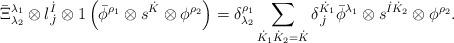
LaTeX: \begin{align*}\bar{\Xi}^{\lambda_1}_{\lambda_2} \otimes l^{\dot{I}}_{\dot{J}} \otimes 1 \left( \bar{\phi}^{\rho_1} \otimes s^{\dot{K}} \otimes \phi^{\rho_2} \right) = \delta^{\rho_1}_{\lambda_2} \sum_{\dot{K}_1\dot{K}_2 = \dot{K}} \delta^{\dot{K}_1}_{\dot{J}} \bar{\phi}^{\lambda_1} \otimes s^{\dot{I} \dot{K}_2} \otimes \phi^{\rho_2}. \end{align*}